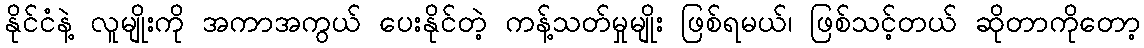
နိုင်ငံနဲ့ လူမျိုးကို အကာအကွယ် ပေးနိုင်တဲ့ ကန့်သတ်မှုမျိုး ဖြစ်ရမယ်၊ ဖြစ်သင့်တယ် ဆိုတာကိုတော့